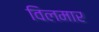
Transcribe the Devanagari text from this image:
विलमार